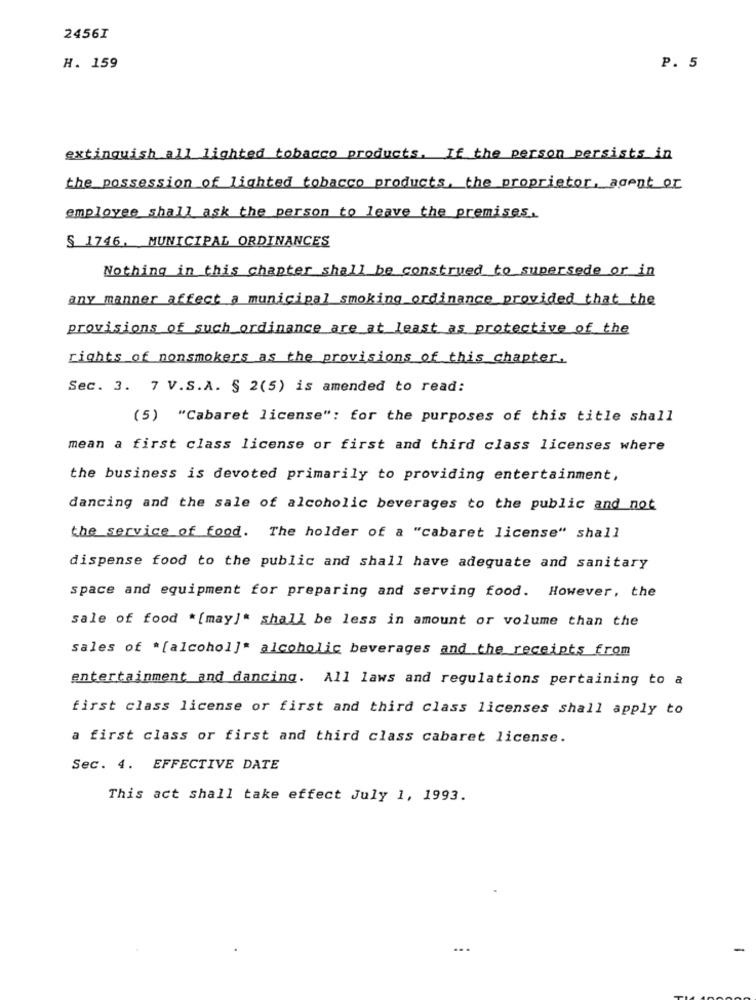
2456I
H. 159
P. 5
extinguish all lighted tobacco products, If the person persists in
the possession of lighted tobacco products, the proprietor, agent or
employee shall ask the person to leave the premises.
$ 1746. MUNICIPAL ORDINANCES
Nothing in this chapter shall be construed to supersede or in
any manner affect a municipal smoking ordinance provided that the
provisions of such ordinance are at least as protective of the
rights of nonsmokers as the provisions of this chapter.
Sec. 3. 7 V.S.A. § 2(5) is amended to read:
(5) "Cabaret license": for the purposes of this title shall
mean a first class license or first and third class licenses where
the business is devoted primarily to providing entertainment,
dancing and the sale of alcoholic beverages to the public and not
the service of food. The holder of a "cabaret license" shall
dispense food to the public and shall have adequate and sanitary
space and equipment for preparing and serving food. However, the
sale of food * [may]* shall be less in amount or volume than the
sales of *[ alcohol]" alcoholic beverages and the receipts from
entertainment and dancing. All laws and regulations pertaining to a
first class license or first and third class licenses shall apply to
a first class or first and third class cabaret license.
Sec. 4. EFFECTIVE DATE
This act shall take effect July 1, 1993.